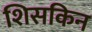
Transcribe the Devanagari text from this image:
शिसकिन